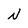
Character: N